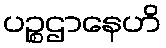
ပဉ္စဌာနေဟိ